Plague in India, 1896, 1897 - Volume 1
Year: 1896
Disease focus: Plague
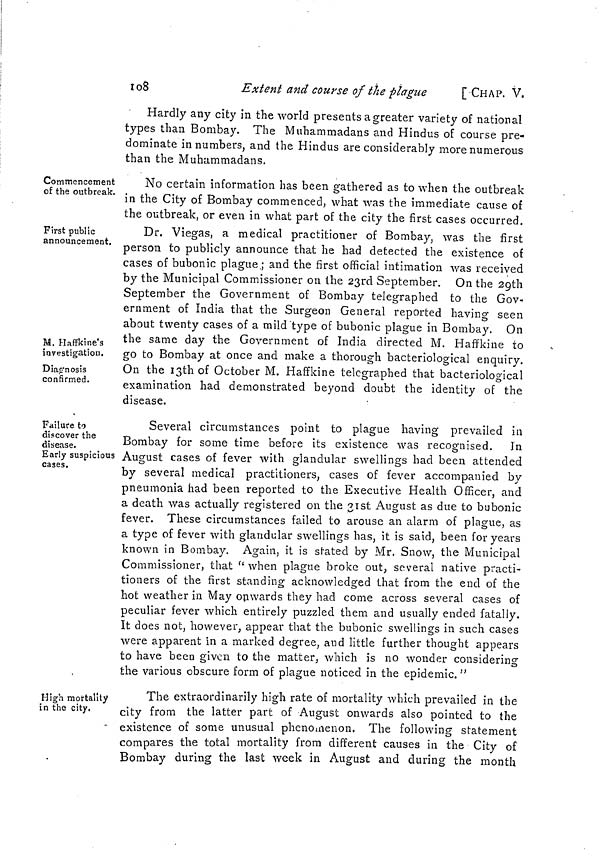
108
Extent and course of the plague
[CHAP. V.
Hardly any city in the world presents a greater variety of national
types than Bombay. The Muhammadans and Hindus of course pre-
dominate in numbers, and the Hindus are considerably more numerous
than the Muhammadans.
Commencement
of the outbreak.
No certain information has been gathered as to when the outbreak
in the City of Bombay commenced, what was the immediate cause of
the outbreak, or even in what part of the city the first cases occurred.
Dr. Viegas, a medical practitioner of Bombay, was the first
person to publicly announce that he had detected the existence of
cases of bubonic plague; and the first official intimation was received
by the Municipal Commissioner on the 23rd September. On the 2gth
September the Government of Bombay telegraphed to the Gov-
ernment of India that the Surgeon General reported having seen
about twenty cases of a mild "type of bubonic plague in Bombay. On
the same day the Government of India directed M. Haffkine to
go to Bombay at once and make a thorough bacteriological enquiry.
On the 13th of October M. Haffkine telegraphed that bacteriological
examination had demonstrated beyond doubt the identity of the
disease.
First public
announcement.
M. Haffkine's
investigation.
Diagnosis
confirmed.
Failure to
discover the
disease.
Early suspicious
cases.
Several circumstances point to plague having prevailed in
Bombay for some time before its existence was recognised. In
August cases of fever with glandular swellings had been attended
by several medical practitioners, cases of fever accompanied by
pneumonia had been reported to the Executive Health Officer, and
a death was actually registered on the 31st August as due to bubonic
fever. These circumstances failed to arouse an alarm of plague, as
a type of fever with glandular swellings has, it is said, been for years
known in Bombay. Again, it is stated by Mr. Snow, the Municipal
Commissioner, that "when plague broke out, several native practi-
tioners of the first standing acknowledged that from the end of the
hot weather in May onwards they had come across several cases of
peculiar fever which entirely puzzled them and usually ended fatally.
It does not, however, appear that the bubonic swellings in such cases
were apparent in a marked degree, and little further thought appears
to have been given to the matter, which is no wonder considering
the various obscure form of plague noticed in the epidemic."
High mortality
in the city.
The extraordinarily high rate of mortality which prevailed in the
city from the latter part of August onwards also pointed to the
existence of some unusual phenomenon. The following statement
compares the total mortality from different causes in the City of
Bombay during the last week in August and during the month